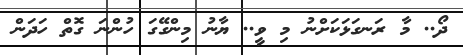
ދޯ.. މާ ރަނގަޅަކަށްނު މި ވީ.. ޔާނު މިންގޭގަ ހުންނަ ގޮތް ހަދަން